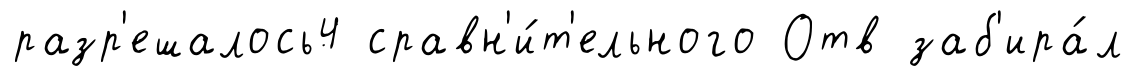
разр'ешалось4 сравн'и́т'ельного Отв заб'ира́л